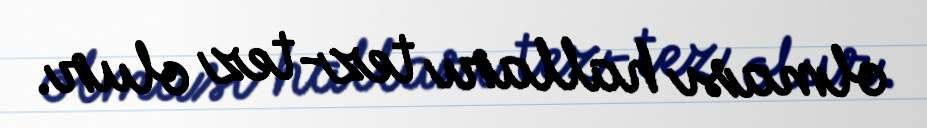
olması halları tez-tez olur.